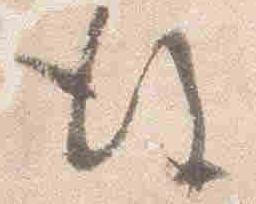
後